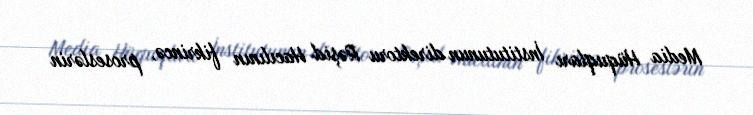
Media Hüquqları İnstitutunun direktoru Rəşid Hacılının fikrincə, proseslərin